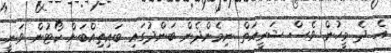
އެ ދެ މީހުން ވެސް ޝަރީއަތް ނިމެންދެން ބަންދުގައި ބައިތިއްބަން ކޯޓުން ވަނީ